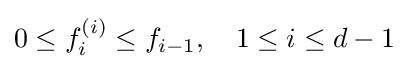
0\leq f_{i}^{(i)}\leq f_{i-1},\quad 1\leq i\leq d-1